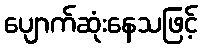
ပျောက်ဆုံးနေသဖြင့်